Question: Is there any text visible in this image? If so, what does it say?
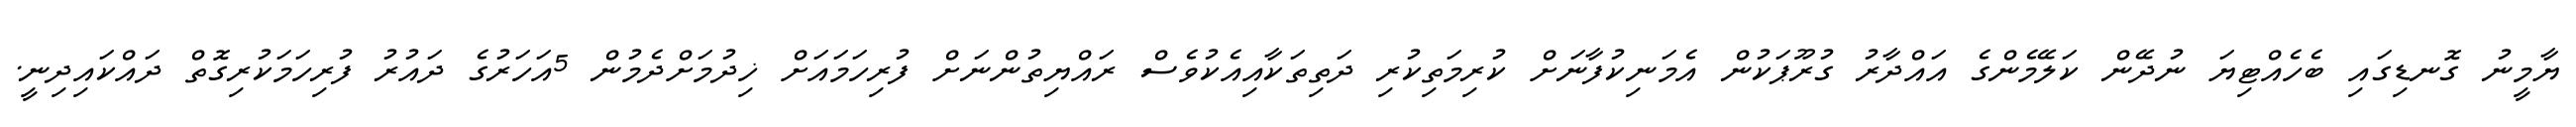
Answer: ޔާމީނު ގޮނޑިގައި ބެހެއްޓިޔަ ނުދޭން ކަލޭމެންގެ އައްދާރު ގުރޫޕަކުން އެމަނިކުފާނަށް ކުރިމަތިކުރި ދަތިތަކާއިއެކުވެސް ރައްޔިތުންނަށް ފުރިހަމައަށް ޚިދުމަށްދެމުން 5އަހަރުގެ ދައުރު ފުރިހަމަކުރިގޮތް ދައްކައިދިނީ.